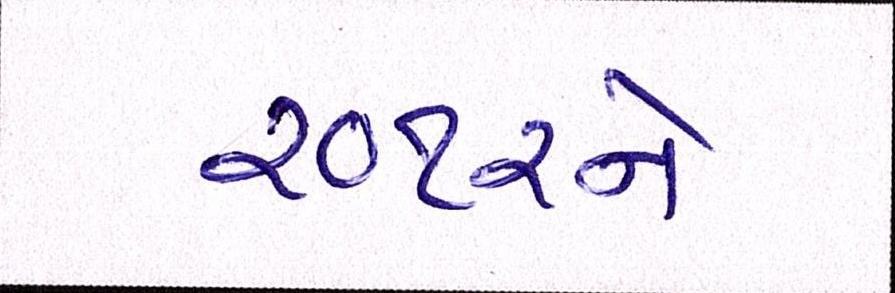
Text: ૨૦૧૨ને